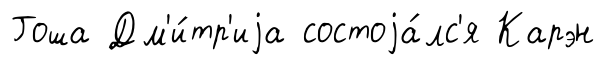
Гоша Дм'и́тр'иjа состоjа́лс'я Карэн